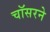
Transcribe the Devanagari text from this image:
चॉसरने